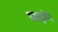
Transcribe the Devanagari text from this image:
फर्रे